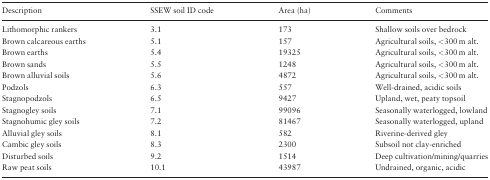
<table><thead><tr><td><b>Description</b></td><td><b>SSEW soil ID code</b></td><td><b>Area (ha)</b></td><td><b>Comments</b></td></tr></thead><tbody><tr><td>Lithomorphic rankers</td><td>3.1</td><td>173</td><td>Shallow soils over bedrock</td></tr><tr><td>Brown calcareous earths</td><td>5.1</td><td>157</td><td>Agricultural soils, &lt;300 m alt.</td></tr><tr><td>Brown earths</td><td>5.4</td><td>19325</td><td>Agricultural soils, &lt;300 m alt.</td></tr><tr><td>Brown sands</td><td>5.5</td><td>1248</td><td>Agricultural soils, &lt;300 m alt.</td></tr><tr><td>Brown alluvial soils</td><td>5.6</td><td>4872</td><td>Agricultural soils, &lt;300 m alt.</td></tr><tr><td>Podzols</td><td>6.3</td><td>557</td><td>Well-drained, acidic soils</td></tr><tr><td>Stagnopodzols</td><td>6.5</td><td>9427</td><td>Upland, wet, peaty topsoil</td></tr><tr><td>Stagnogley soils</td><td>7.1</td><td>99096</td><td>Seasonally waterlogged, lowland</td></tr><tr><td>Stagnohumic gley soils</td><td>7.2</td><td>81467</td><td>Seasonally waterlogged, upland</td></tr><tr><td>Alluvial gley soils</td><td>8.1</td><td>582</td><td>Riverine-derived gley</td></tr><tr><td>Cambic gley soils</td><td>8.3</td><td>2300</td><td>Subsoil not clay-enriched</td></tr><tr><td>Disturbed soils</td><td>9.2</td><td>1514</td><td>Deep cultivation/mining/quarries</td></tr><tr><td>Raw peat soils</td><td>10.1</td><td>43987</td><td>Undrained, organic, acidic</td></tr></tbody></table>